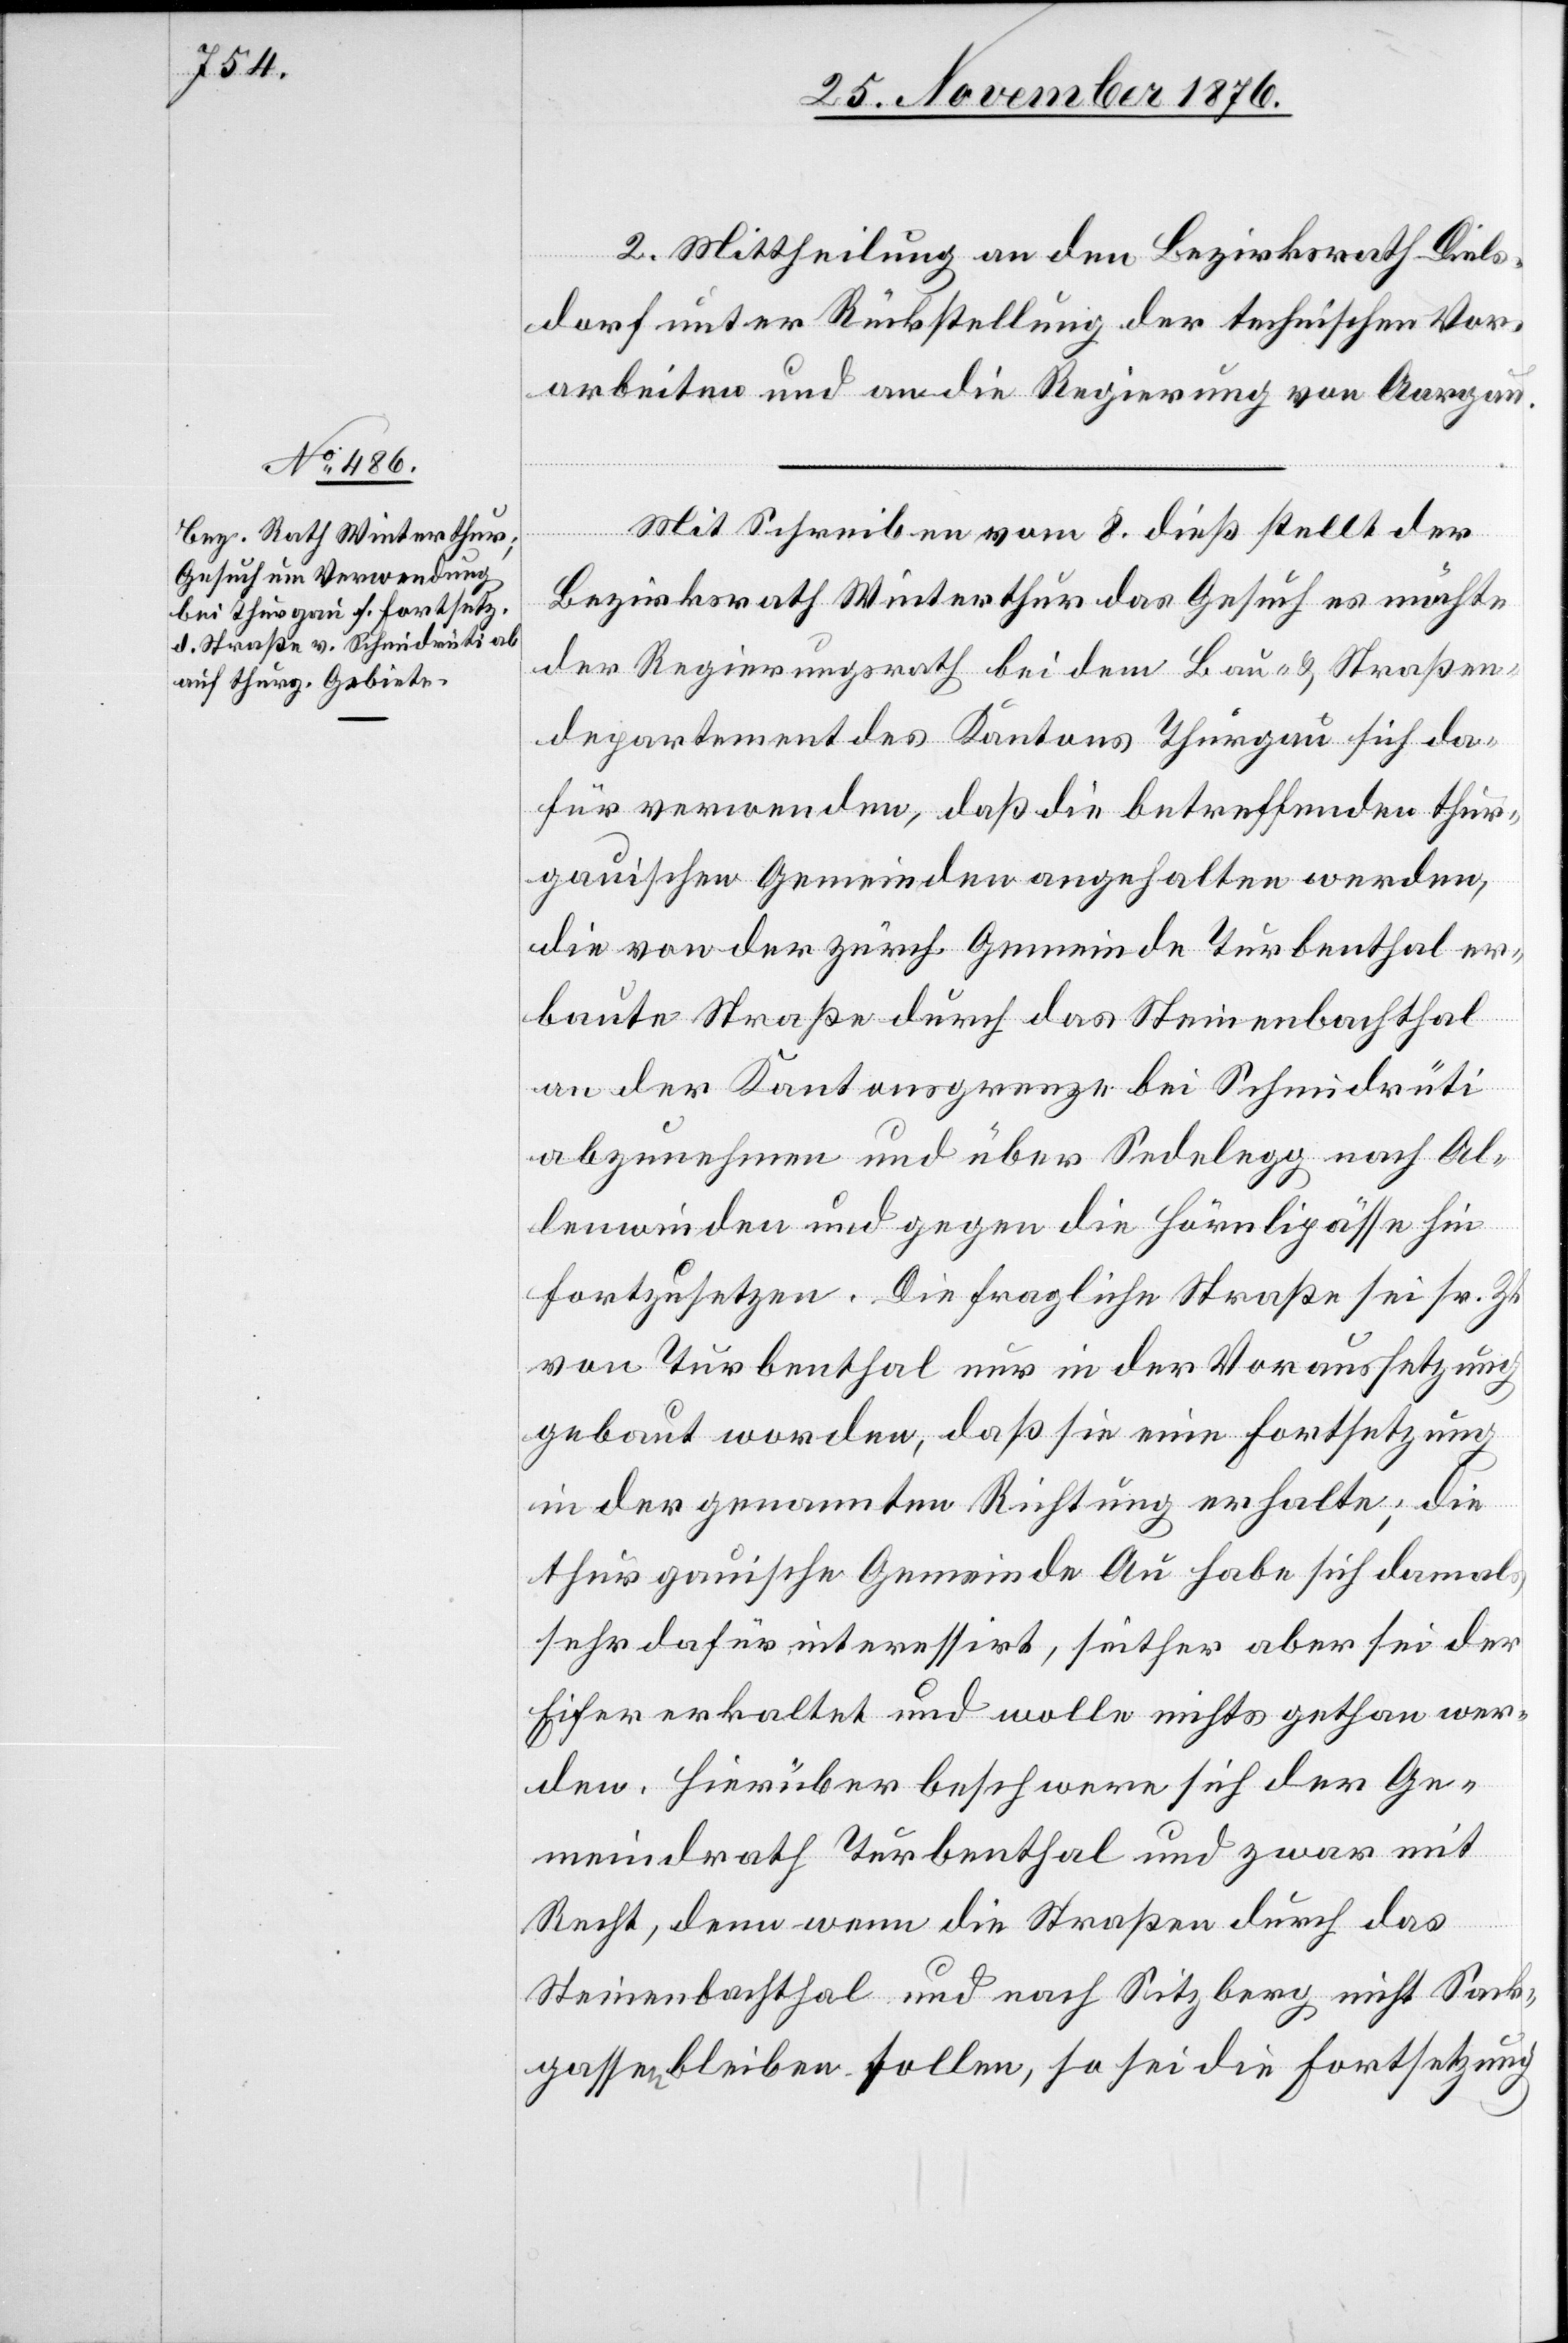
2. Mittheilung an den Bezirksrath Diels¬
dorf unter Rückstellung der technischen Vor¬
arbeiten und an die Regierung von Aargau.
Mit Schreiben vom 8. dieß stellt der
Bezirksrath Winterthur das Gesuch es möchte
der Regierungsrath bei dem Bau- & Straßen¬
departement des Kantons Thurgau sich da¬
für verwenden, daß die betreffenden thur¬
gauischen Gemeinden angehalten werden,
die von der zürch. Gemeinde Turbenthal er¬
baute Straße durch das Steinenbachthal
an der Kantonsgrenze bei Schmidrüti
abzunehmen und über Sedelegg nach Al¬
lenwinden und gegen die Hörnlipässe hin
fortzusetzen. Die fragliche Straße sei sr. Zt.
von Turbenthal nur in der Voraussetzung
gebaut worden, daß sie eine Fortsetzung
in der genannten Richtung erhalte; die
thurgauische Gemeinde Au habe sich damals
sehr dafür interessirt, seither aber sei der
Eifer erkaltet und wolle nichts gethan wer¬
den. Hierüber beschwere sich der Ge¬
meindrath Turbenthal und zwar mit
Recht, denn wenn die Straßen durch das
Steinenbachthal und nach Sitzberg nicht Sack¬
gassen bleiben sollen, so sei die Fortsetzung